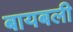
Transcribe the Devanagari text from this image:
बायबली